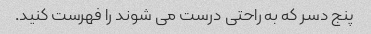
پنج دسر که به راحتی درست می شوند را فهرست کنید.